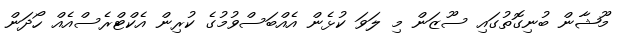
މޫޝާން ބުނިގޮތުގައި ސޫޒަން މި ލަވަ ކުޅެން އެއްބަސްވުމުގެ ކުރިން އެކްޓްރެސްއެއް ހޯދަން